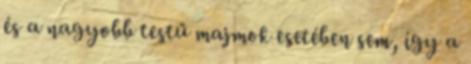
és a nagyobb testű majmok esetében sem, így a